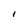
Character: I